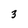
Character: 3